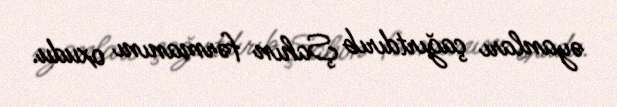
əyanları çağırtdırıb Şahın fərmanını oxudu.